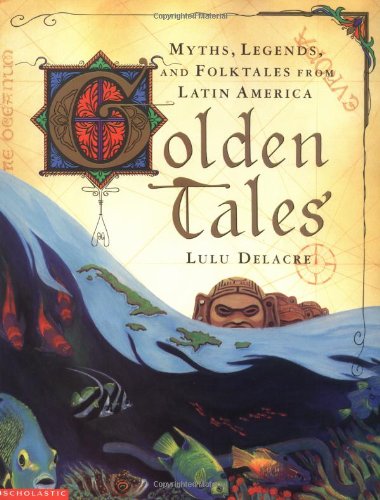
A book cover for Golden Tales; Lulu Delacre; Children's Books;